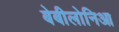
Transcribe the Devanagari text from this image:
बेबीलोनिआ